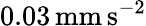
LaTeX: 0.03\mathrm{\, mm\, s^{-2}}